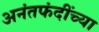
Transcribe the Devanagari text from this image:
अनंतफंदींच्या